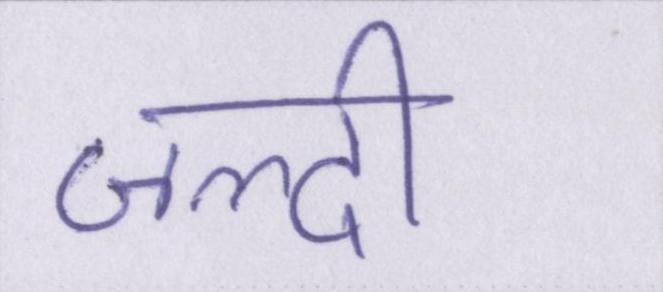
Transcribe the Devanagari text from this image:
जल्दी